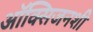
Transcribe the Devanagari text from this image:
ऑक्सिजनशी